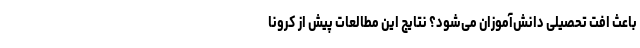
باعث افت تحصیلی دانش‌آموزان می‌شود؟ نتایج این مطالعات پیش از کرونا